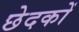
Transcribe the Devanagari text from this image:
छेदकों